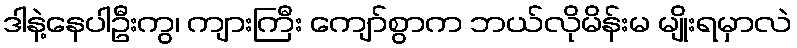
ဒါနဲ့နေပါဦးကွ၊ ကျားကြီး ကျော်စွာက ဘယ်လိုမိန်းမ မျိုးရမှာလဲ